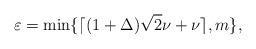
LaTeX: \begin{align*}\varepsilon=\min \{\lceil (1+\Delta) \sqrt{2} \nu+\nu \rceil,m \}, \end{align*}